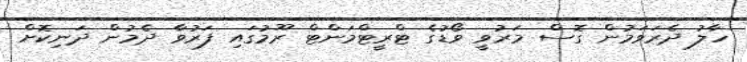
ހާލު ދެރަވަމުން ގޮސް މަރުވީ ވޯޑުގެ ޓްރީޓްމަންޓް ރޫމުގައި ފަރުވާ ދެމުން ދަނިކޮށް